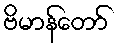
ဗိမာန်တော်